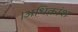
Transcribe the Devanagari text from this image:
।अधिकांश